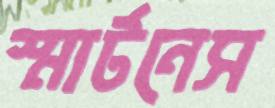
স্মার্টনেস